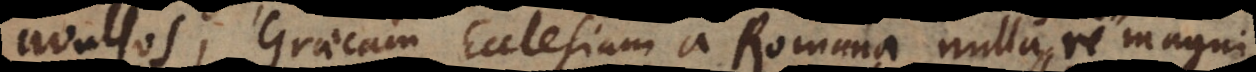
avulsos, Graecam Ecclesiam a Romana nulla re magni